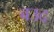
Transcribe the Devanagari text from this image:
बउद